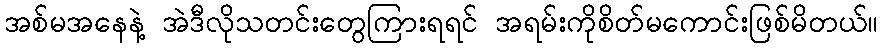
အစ်မအနေနဲ့ အဲဒီလိုသတင်းတွေကြားရရင် အရမ်းကိုစိတ်မကောင်းဖြစ်မိတယ်။